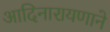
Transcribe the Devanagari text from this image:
आदिनारायणाने